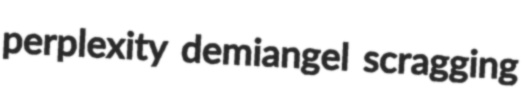
perplexity demiangel scragging